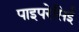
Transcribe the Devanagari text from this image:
पाइपरेसिई